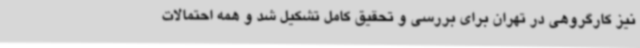
نیز کارگروهی در تهران برای بررسی و تحقیق کامل تشکیل شد و همه احتمالات